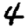
Digit: 4